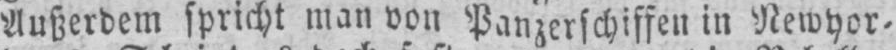
Außerdem spricht man von Panzerschiffen in Newyor⸗